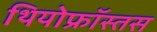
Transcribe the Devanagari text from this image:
थियोफ्रॉस्तस